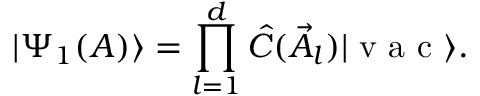
| \Psi _ { 1 } ( A ) \rangle = \prod _ { l = 1 } ^ { d } \hat { C } ( \vec { A } _ { l } ) | \textrm { v a c } \rangle .